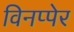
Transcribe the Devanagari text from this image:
विनप्पेर